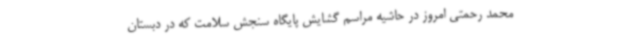
محمد رحمتی امروز در حاشیه مراسم گشایش پایگاه سنجش سلامت که در دبستان